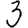
Digit: 3